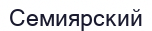
Семиярский